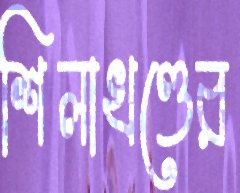
শিলাখণ্ডের